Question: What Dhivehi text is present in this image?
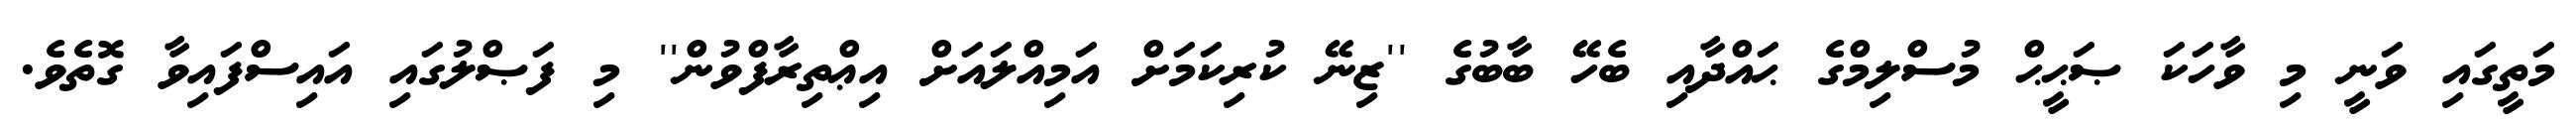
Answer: މަތީގައި ވަނީ މި ވާހަކަ ޞަޙީޙް މުސްލިމްގެ ޙައްދާއި ބެހޭ ބާބުގެ ''ޒިނޭ ކުރިކަމަށް އަމިއްލައަށް އިޢްތިރާފްވުން'' މި ފަޞްލުގައި އައިސްފައިވާ ގޮތެވެ.